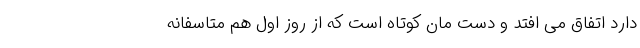
دارد اتفاق می افتد و دست مان کوتاه است که از روز اول هم متاسفانه